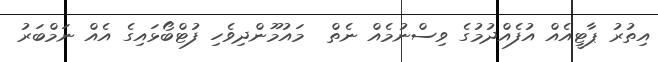
އިތުރު ޕާޓީއެއް އުފެއްދުމުގެ ވިސްނުމެއް ނެތް  މައުމޫންދިވެހި ފުޓްބޯޅައިގެ އެއް ނަމްބަރު